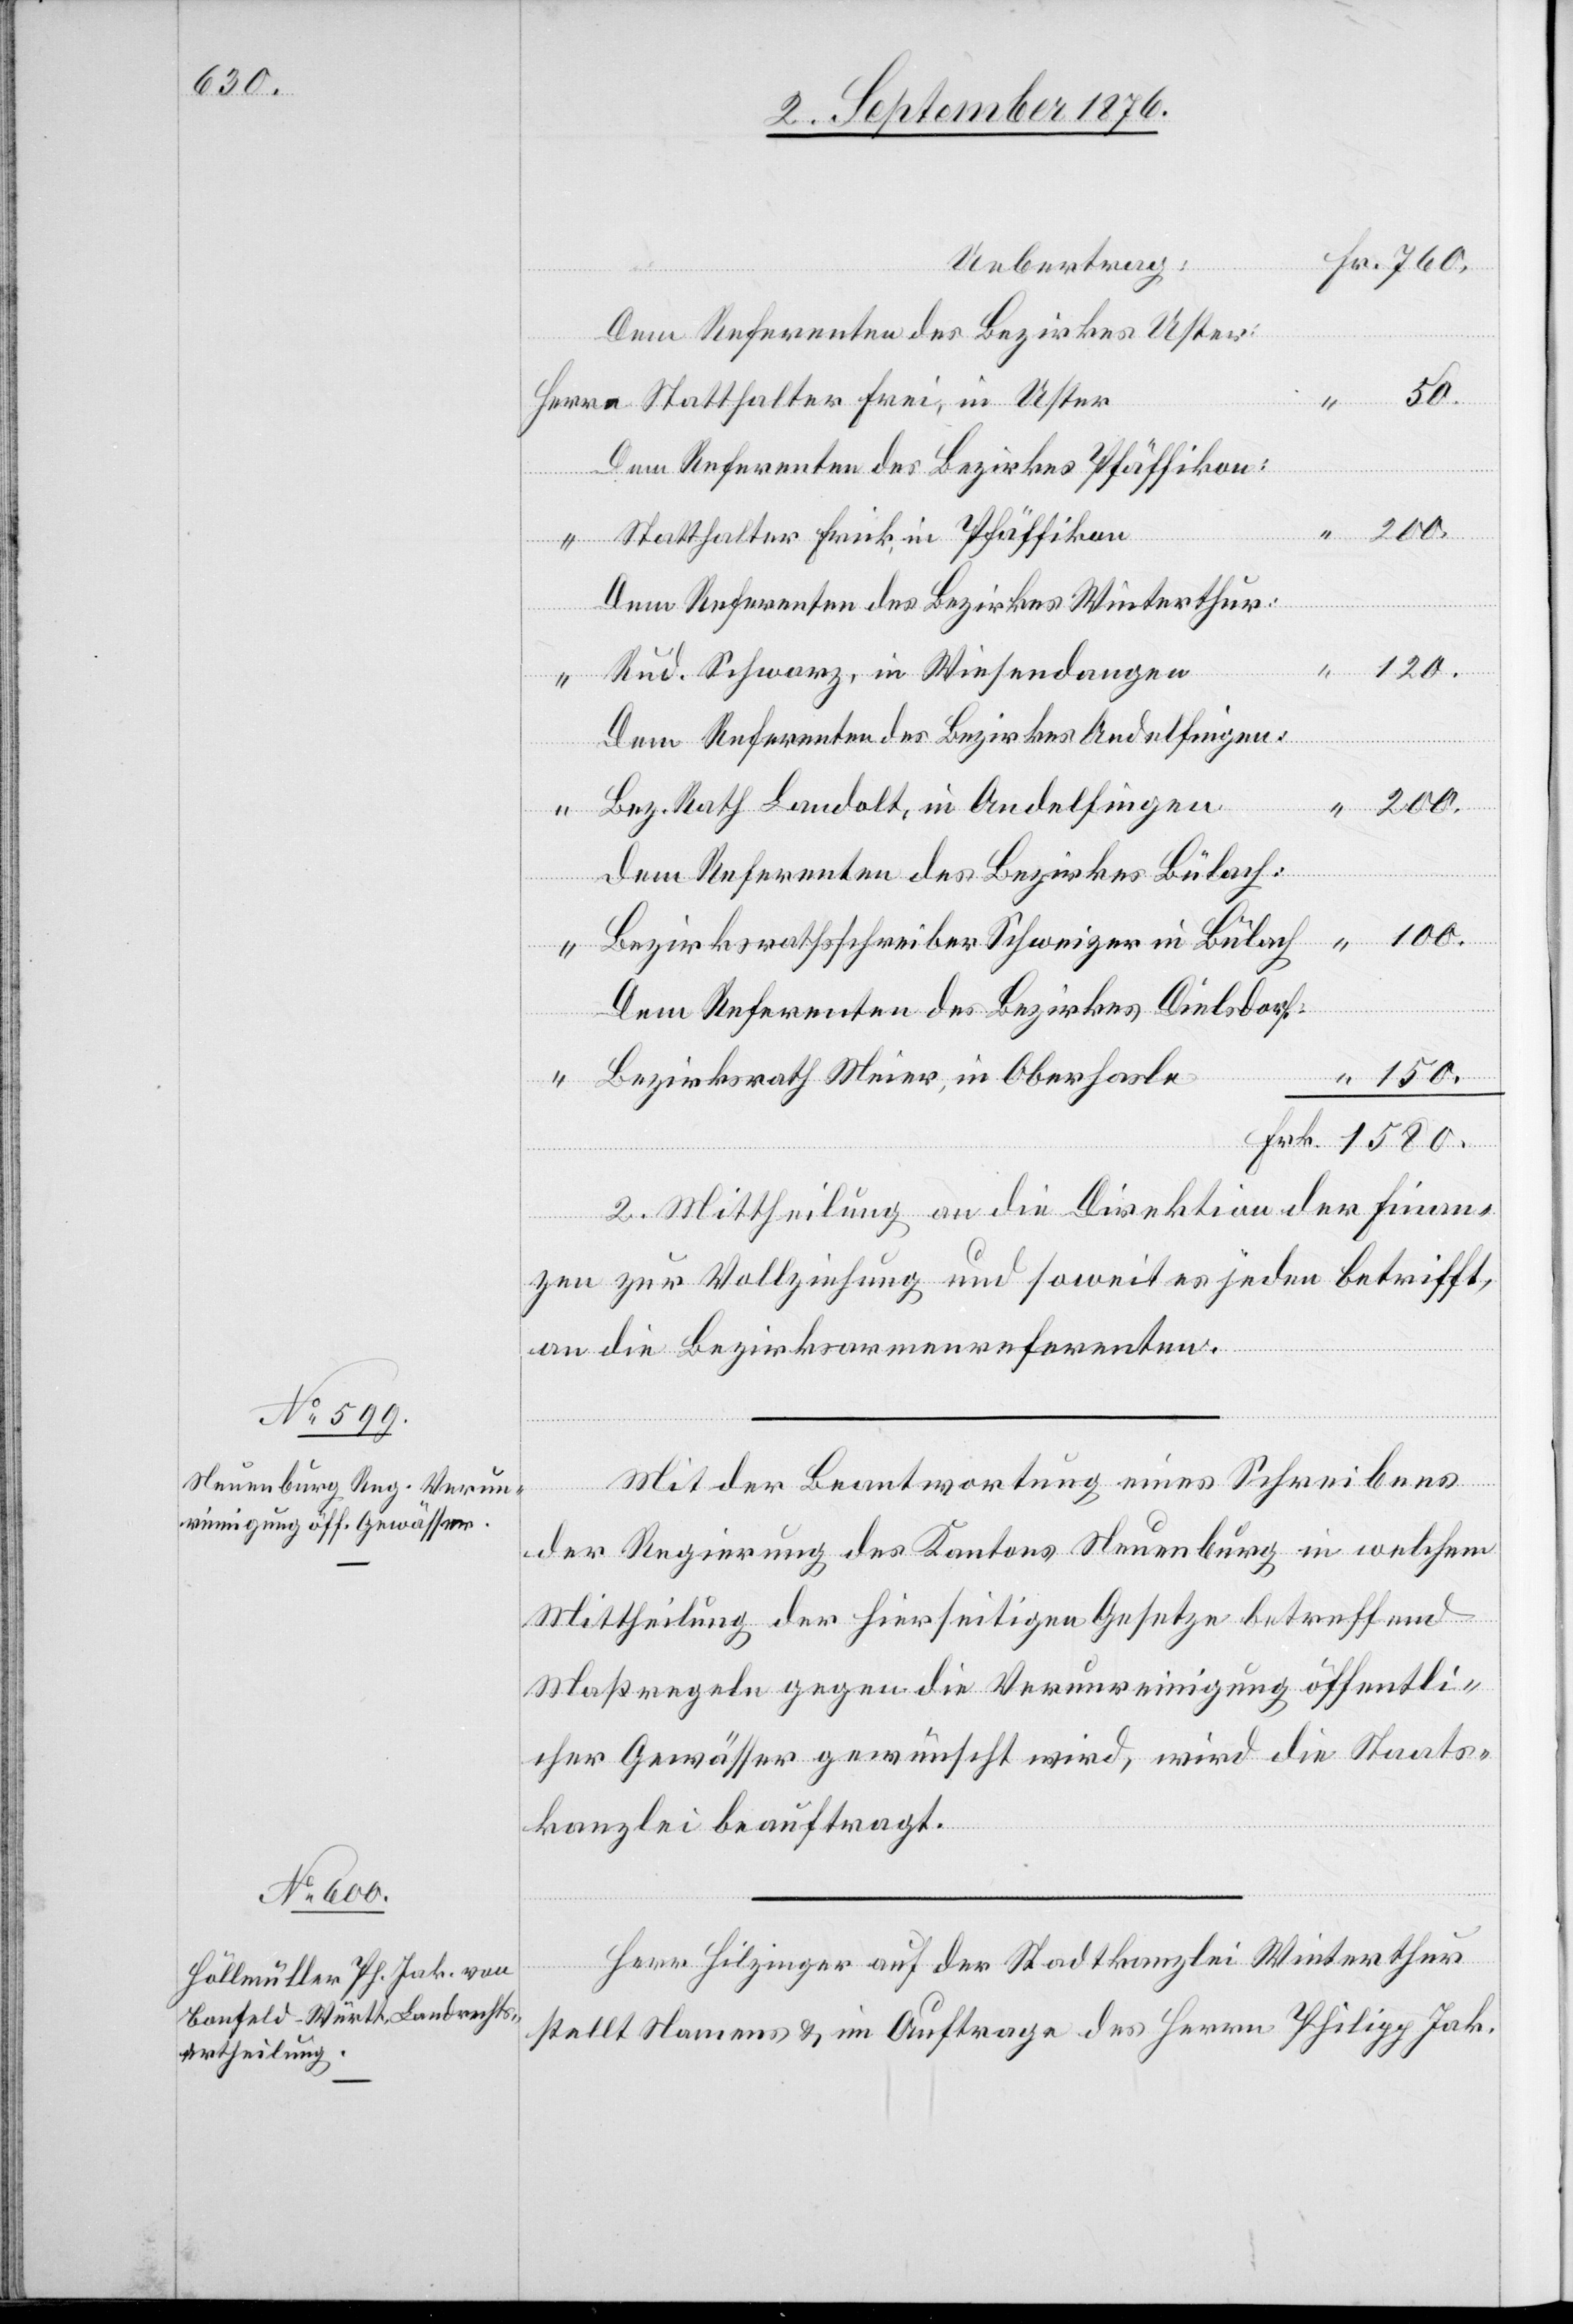
Dem Referenten des Bezirkes Uster:
50.
Dem Referenten des Bezirkes Pfäffikon:
Statthalter Frick, in Pfäffikon
Frei, in
Dem Referenten des Bezirkes Winterthur:
“
150.
1580.
Rud. Schwarz, in Wiesendangen
Herrn
Dem Referenten des Bezirkes Andelfingen:
Bez. Rath Landolt, in Andelfingen
200.
Dem Referenten des Bezirkes Bülach:
Bezirksrathsschreiber Schweizer, in Bülach
Dem Referenten des Bezirkes Dielsdorf:
Bezirksrath Meier, in Oberhasle
2. Mittheilung an die Direktion der Finan¬
zen zur Vollziehung und soweit es jeden betrifft,
an die Bezirksarmenreferenten.
Mit Beantwortung eines Schreibens
der Regierung des Kantons Neuenburg in welchem
Mittheilung der hierseitigen Gesetze betreffend
Maßregeln gegen die Verunreinigung öffentli¬
cher Gewässer gewünscht wird, wird die Staats¬
kanzlei beauftragt.
Herr Hilzinger auf der Stadtkanzlei Winterthur
stellt Namens & im Auftrage des Herrn Philipp Jak.